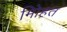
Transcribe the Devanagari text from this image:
मोिहत